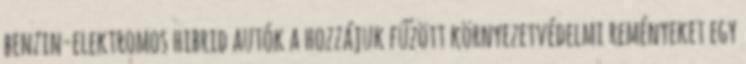
benzin-elektromos hibrid autók a hozzájuk fűzött környezetvédelmi reményeket egy